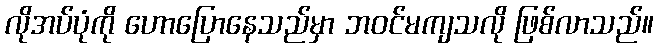
လိုအပ်ပုံကို ဟောပြောနေသည်မှာ ဘဝင်မကျသလို ဖြစ်လာသည်။